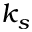
k _ { s }